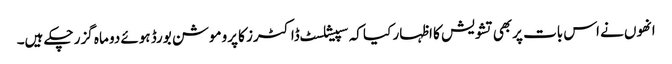
انھوں نے اس بات پربھی تشویش کا اظہار کیا کہ سپیشلسٹ ڈاکٹرز کا پروموشن بورڈ ہوئے دو ماہ گزر چکے ہیں۔